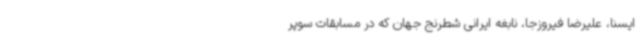
ایسنا، علیرضا فیروزجا، نابغه ایرانی شطرنج جهان که در مسابقات سوپر